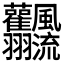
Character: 𩙣